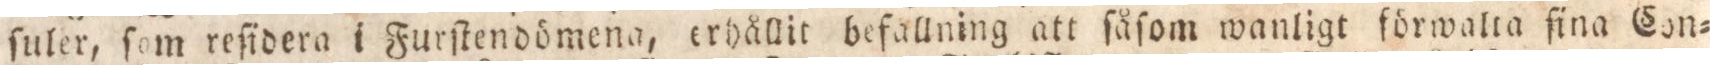
ſuler, ſom reſidera i Furſtendömena, erhållit befallning att ſåſom wanligt förwalta ſina Con=